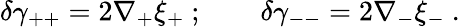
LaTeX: \delta\gamma_{++}=2\nabla_{+}\xi_{+}~;\qquad\delta\gamma_{--}=2\nabla_{-}\xi_{-}~.